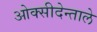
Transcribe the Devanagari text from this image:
ओक्सीदेन्ताले